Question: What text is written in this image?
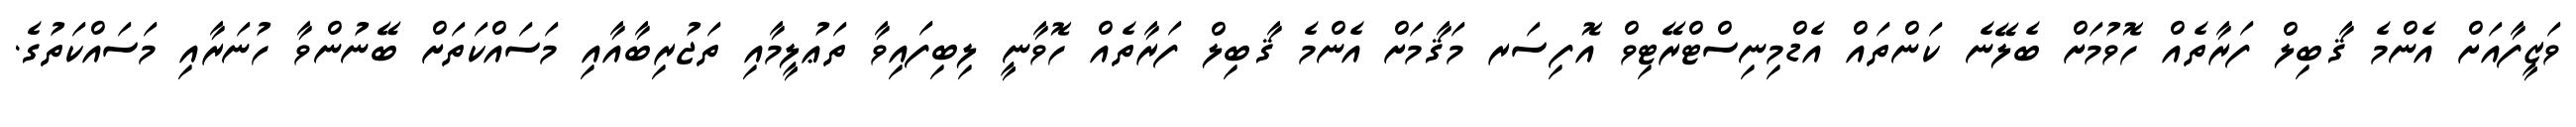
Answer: ވަޒީފާއަށް އެންމެ ޤާބިލް ފަރާތެއް ހޮވުމަށް ބެލޭނެ ކަންތައް އެޑްމިނިސްޓްރޭޓިވް އޮފިސަރ މަޤާމަށް އެންމެ ޤާބިލް ފަރާތެއް ހޮވާނީ ލިބިފައިވާ ތަޢުލީމާއި ތަޖުރިބާއާއި މަސައްކަތަށް ބޭނުންވާ ހުނަރާއި މަސައްކަތުގެ.